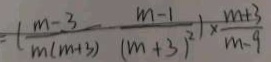
= ( \frac { m - 3 } { m ( m + 3 ) } \frac { m - 1 } { ( m + 3 ) ^ { 2 } } \times \frac { m + 3 } { m - 9 }